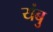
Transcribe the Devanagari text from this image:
यंबु